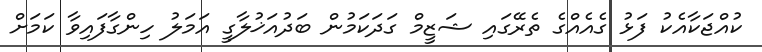
ކުއްޖަކާއެކު ފަޅު ގެއެއްގެ ތެރޭގައި ޝަޒީމް ގަދަކަމުން ބަދުއަޚުލާގީ އަމަލު ހިންގާފައިވާ ކަމަށް